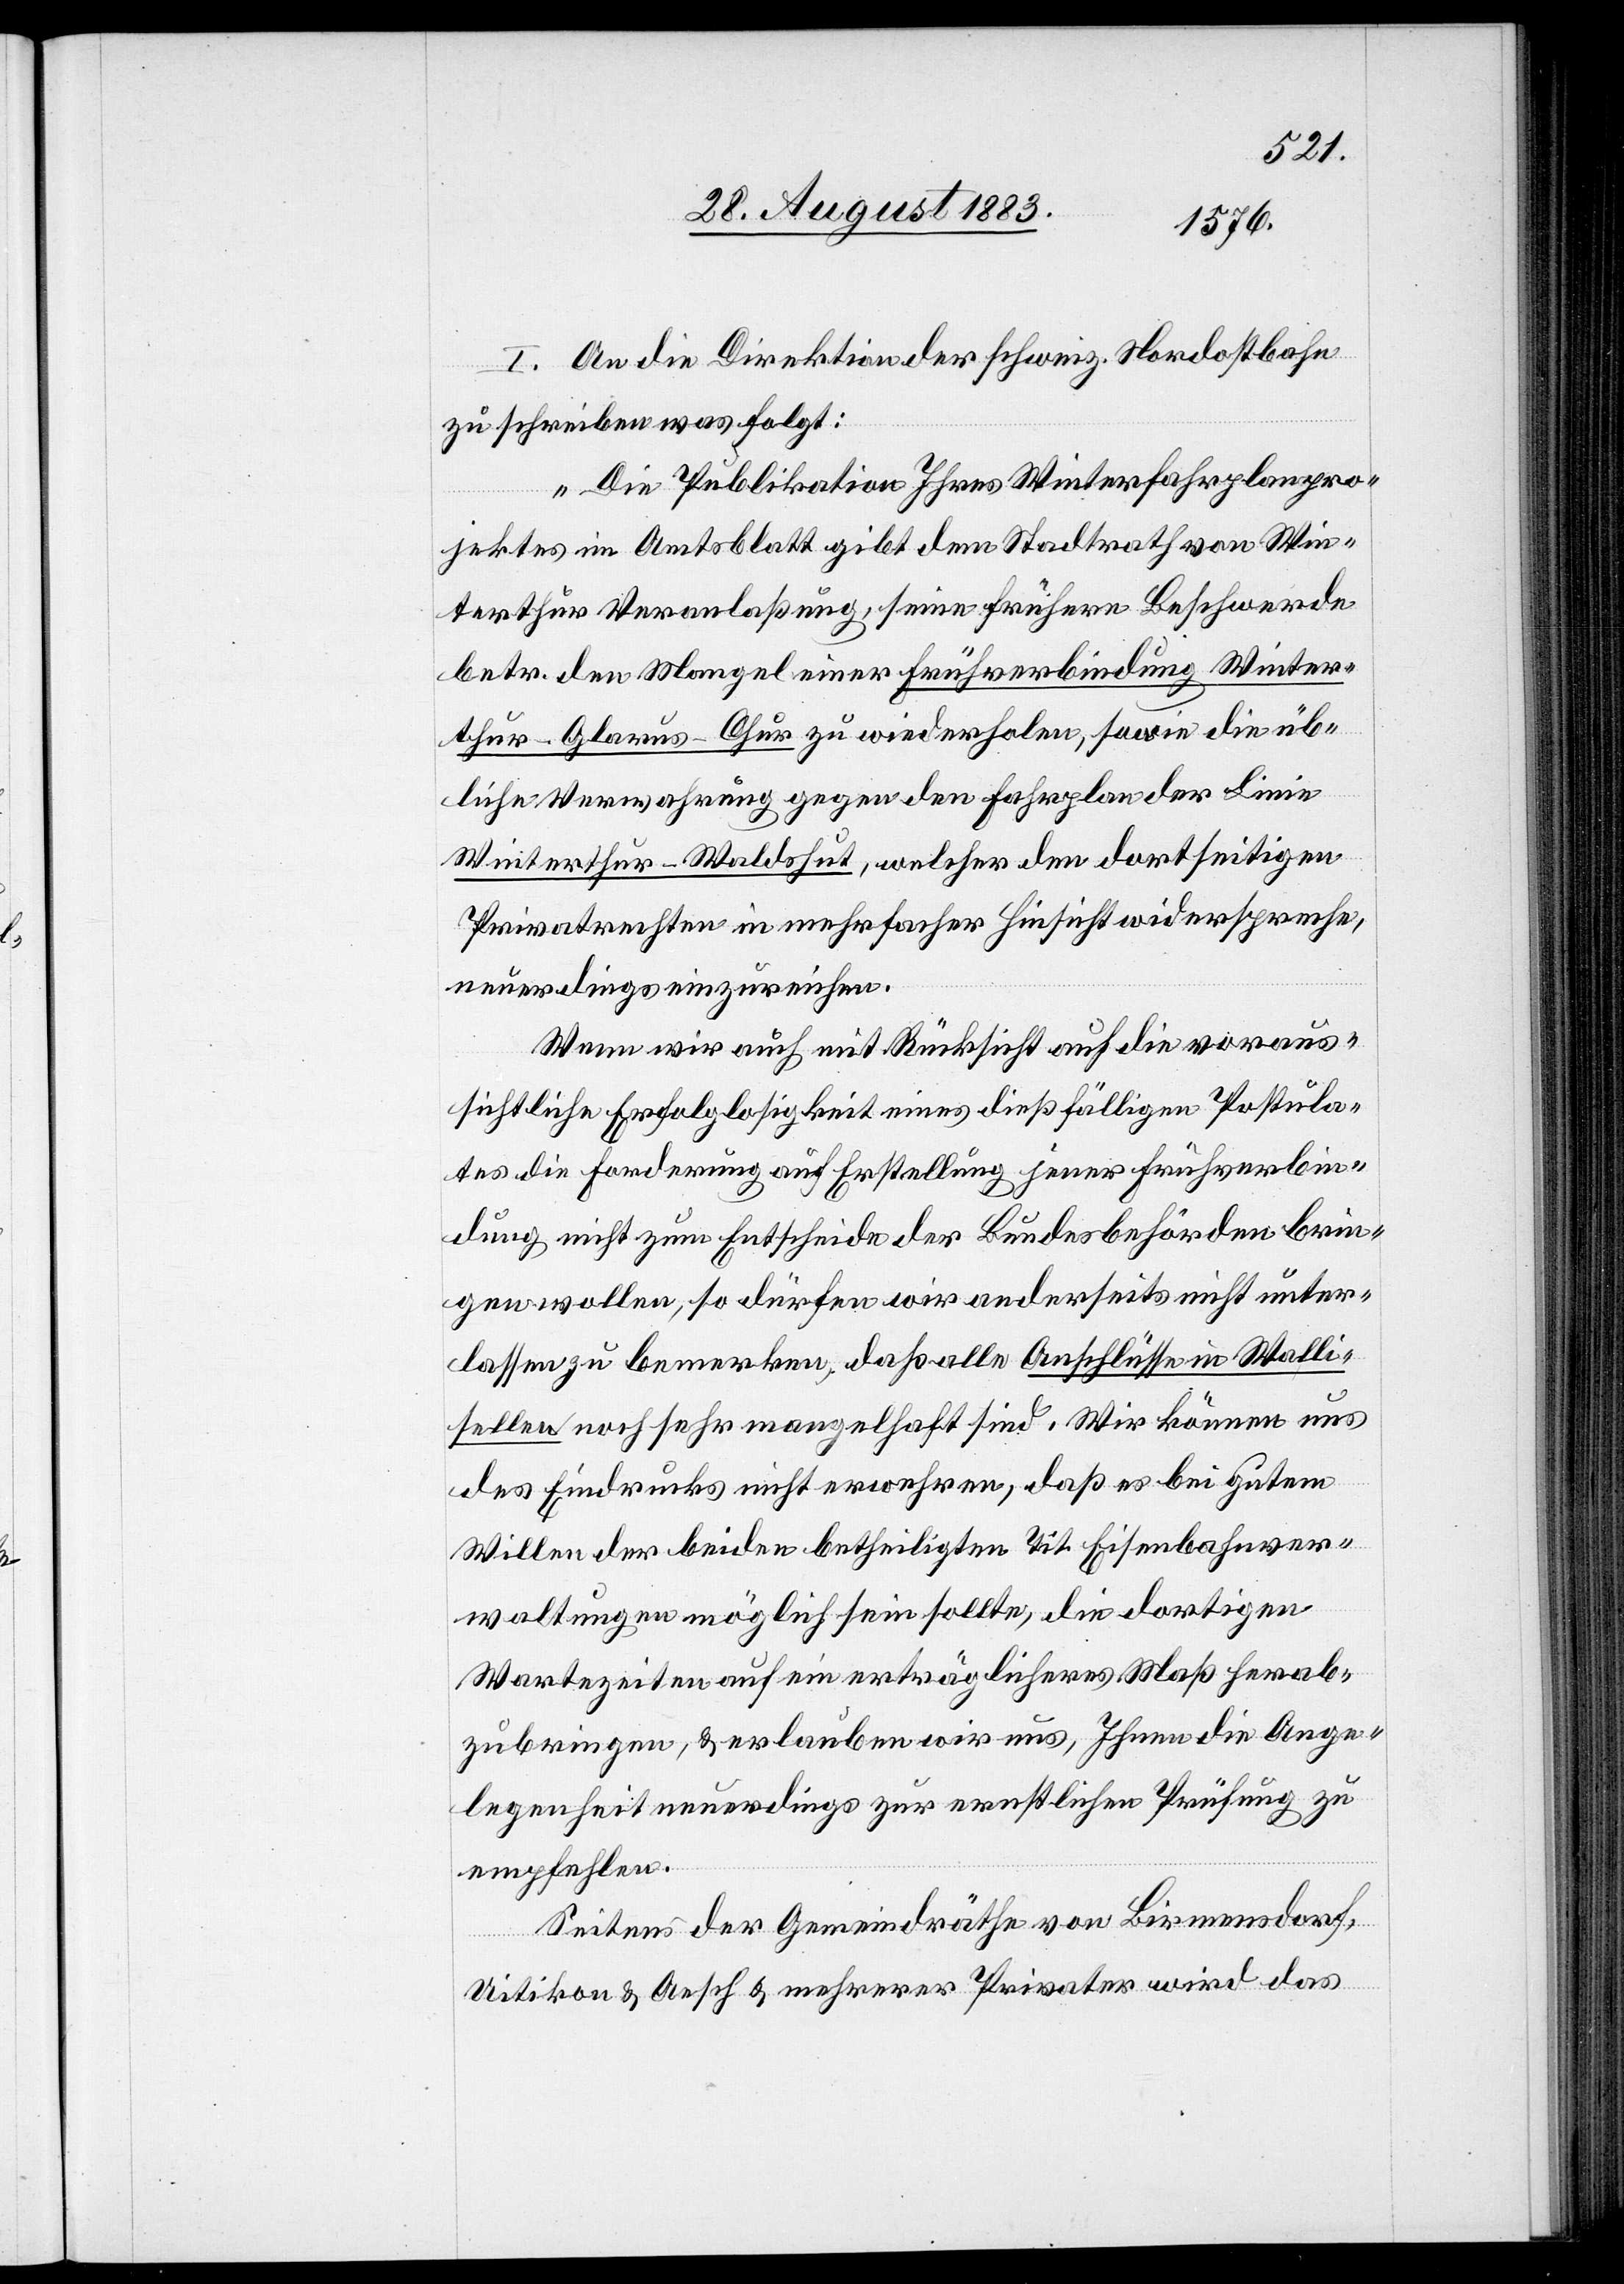
I. An die Direktion der schweiz. Nordostbahn
zu schreiben was folgt:
„Die Publikation Ihres Winterfahrplanpro¬
jektes im Amtsblatt gibt dem Stadtrath von Win¬
terthur Veranlaßung, seine frühere Beschwerde
betr. den Mangel einer Frühverbindung Winter¬
thur–Glarus–Chur zu wiederholen, sowie die üb¬
liche Verwahrung gegen den Fahrplan der Linie
Winterthur–Waldshut, welcher den dortseitigen
Privatrechten in mehrfacher Hinsicht widerspreche,
neuerdings einzureichen.
Wenn wir auch mit Rücksicht auf die voraus¬
sichtliche Erfolglosigkeit eines dießfälligen Postula¬
tes die Forderung auf Erstellung jener Frühverbin¬
dung nicht zum Entscheide der Bundesbehörden brin¬
gen wollen, so dürfen wir anderseits nicht unter¬
lassen zu bemerken, daß alle Anschlüsse in Walli¬
sellen noch sehr mangelhaft sind. Wir können uns
des Eindrucks nicht erwehren, daß es bei gutem
Willen der beiden betheiligten Tit. Eisenbahnver¬
waltungen möglich sein sollte, die dortigen
Wartezeiten auf ein erträglicheres Maß herab¬
zubringen, & erlauben wir uns, Ihnen die Ange¬
legenheit neuerdings zur ernstlichen Prüfung zu
empfehlen.
Seitens der Gemeindräthe von Birmensdorf,
Uitikon & Aesch & mehrerer Privater wird das